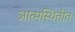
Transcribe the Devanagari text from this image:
आत्मस्थितीत